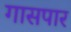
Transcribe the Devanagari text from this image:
गासपार